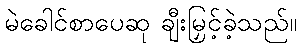
မဲခေါင်စာပေဆု ချီးမြှင့်ခဲ့သည်။